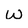
Character: w